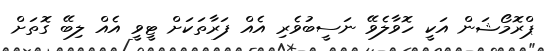
ޕްރޮމޯޝަން އަކީ ހޮވާލެވޭ ނަސީބުވެރި އެއް ފަރާތަކަށް ޓީވީ އެއް ލިބޭ ގޮތަށް